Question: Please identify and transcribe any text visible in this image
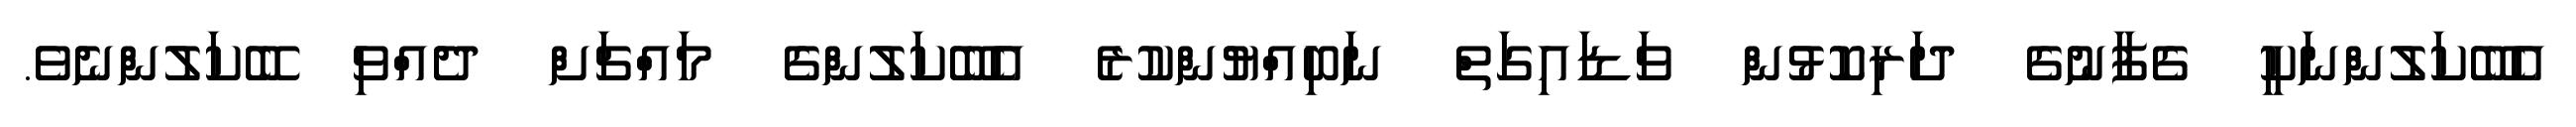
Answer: އެބޭކަލުންނަކީ ގެފާނުގެ ދަރިކޮޅުން ވަޑައިގަތް ނަބިއްޔުންކުރެ އެބޭކަލުންގެ މައްޗަށް ދެއްވި ބޭކަލުންނެވެ.